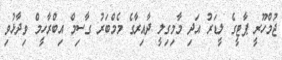
ޖުމްހޫރީ ޕާޓީގެ ލީޑަރު އަދި މާމިގިލީ ދާއިރާގެ މެމްބަރު ގާސިމް އިބްރާހީމް ވިދާޅުވި